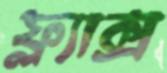
ফ্ল্যাক্স